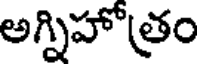
అగ్నిహోత్రం